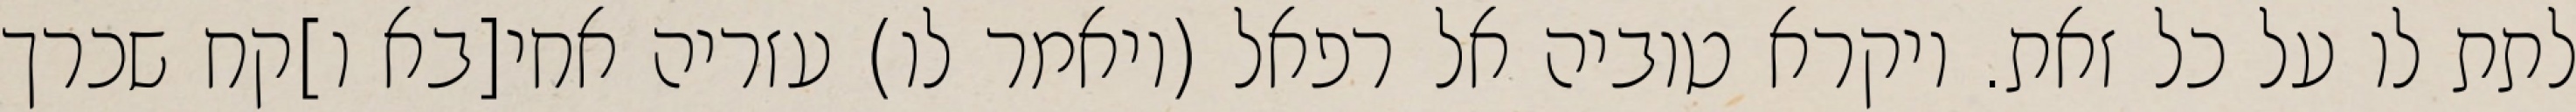
לתת לו על כל זאת. ויקרא טוביה אל רפאל (ויאמר לו) עזריה אחי[בא ו]קח שכרך